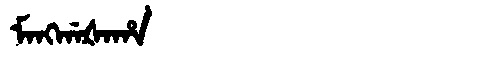
Manchu: ᠮᠠᠩᡤᠠᡧᠠᡥᠠ
Romanization: MANGGAŠAHA